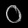
Digit: ၀